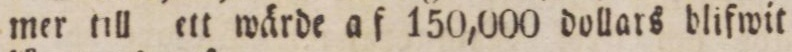
mer till ett wärde af 150,000 dollars blifwit